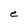
Character: e